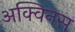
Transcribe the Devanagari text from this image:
अक्विनस